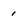
Character: 1